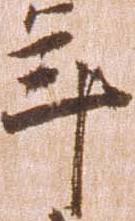
年